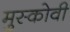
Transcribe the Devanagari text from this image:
मुस्कोवी